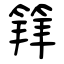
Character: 𥯟